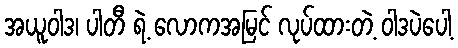
အယူဝါဒ၊ ပါတီ ရဲ့ လောကအမြင် လုပ်ထားတဲ့ ဝါဒပဲပေါ့